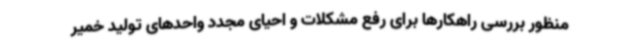
منظور بررسی راهکارها برای رفع مشکلات و احیای مجدد واحدهای تولید خمیر